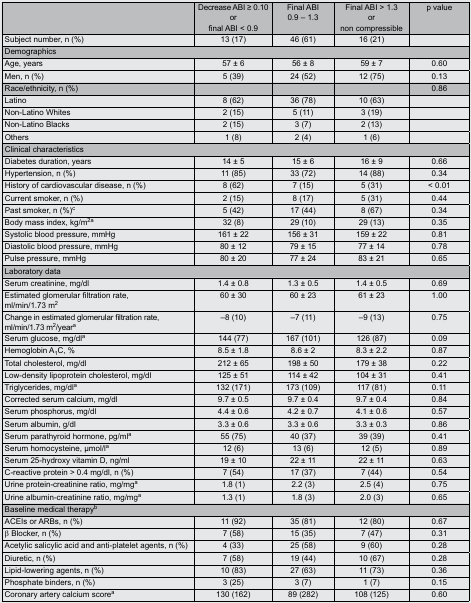
<table><thead><tr><td></td><td><b>Decrease ABI ≥ 0.10 or final ABI &lt; 0.9</b></td><td><b>Final ABI 0.9 – 1.3</b></td><td><b>Final ABI &gt; 1.3 or non compressible</b></td><td><b>p value</b></td></tr></thead><tbody><tr><td>Subject number, n (%)</td><td>13 (17)</td><td>46 (61)</td><td>16 (21)</td><td></td></tr><tr><td colspan="5">Demographics</td></tr><tr><td>Age, years</td><td>57 ± 6</td><td>56 ± 8</td><td>59 ± 7</td><td>0.60</td></tr><tr><td>Men, n (%)</td><td>5 (39)</td><td>24 (52)</td><td>12 (75)</td><td>0.13</td></tr><tr><td>Race/ethnicity, n (%)</td><td></td><td></td><td></td><td>0.86</td></tr><tr><td>Latino</td><td>8 (62)</td><td>36 (78)</td><td>10 (63)</td><td></td></tr><tr><td>Non-Latino Whites</td><td>2 (15)</td><td>5 (11)</td><td>3 (19)</td><td></td></tr><tr><td>Non-Latino Blacks</td><td>2 (15)</td><td>3 (7)</td><td>2 (13)</td><td></td></tr><tr><td>Others</td><td>1 (8)</td><td>2 (4)</td><td>1 (6)</td><td></td></tr><tr><td colspan="5">Clinical characteristics</td></tr><tr><td>Diabetes duration, years</td><td>14 ± 5</td><td>15 ± 6</td><td>16 ± 9</td><td>0.66</td></tr><tr><td>Hypertension, n (%)</td><td>11 (85)</td><td>33 (72)</td><td>14 (88)</td><td>0.34</td></tr><tr><td>History of cardiovascular disease, n (%)</td><td>8 (62)</td><td>7 (15)</td><td>5 (31)</td><td>&lt; 0.01</td></tr><tr><td>Current smoker, n (%)</td><td>2 (15)</td><td>8 (17)</td><td>5 (31)</td><td>0.44</td></tr><tr><td>Past smoker, n (%)<sup>c</sup></td><td>5 (42)</td><td>17 (44)</td><td>8 (67)</td><td>0.34</td></tr><tr><td>Body mass index, kg/m<sup>2a</sup></td><td>32 (8)</td><td>29 (10)</td><td>29 (13)</td><td>0.35</td></tr><tr><td>Systolic blood pressure, mmHg</td><td>161 ± 22</td><td>156 ± 31</td><td>159 ± 22</td><td>0.81</td></tr><tr><td>Diastolic blood pressure, mmHg</td><td>80 ± 12</td><td>79 ± 15</td><td>77 ± 14</td><td>0.78</td></tr><tr><td>Pulse pressure, mmHg</td><td>80 ± 20</td><td>77 ± 24</td><td>83 ± 21</td><td>0.65</td></tr><tr><td colspan="5">Laboratory data</td></tr><tr><td>Serum creatinine, mg/dl</td><td>1.4 ± 0.8</td><td>1.3 ± 0.5</td><td>1.4 ± 0.5</td><td>0.69</td></tr><tr><td>Estimated glomerular filtration rate, ml/min/1.73 m<sup>2</sup></td><td>60 ± 30</td><td>60 ± 23</td><td>61 ± 23</td><td>1.00</td></tr><tr><td>Change in estimated glomerular filtration rate, ml/min/1.73 m<sup>2</sup>/year<sup>a</sup></td><td>–8 (10)</td><td>–7 (11)</td><td>–9 (13)</td><td>0.75</td></tr><tr><td>Serum glucose, mg/dl<sup>a</sup></td><td>144 (77)</td><td>167 (101)</td><td>126 (87)</td><td>0.09</td></tr><tr><td>Hemoglobin A<sub>1</sub>C, %</td><td>8.5 ± 1.8</td><td>8.6 ± 2</td><td>8.3 ± 2.2</td><td>0.87</td></tr><tr><td>Total cholesterol, mg/dl</td><td>212 ± 65</td><td>198 ± 50</td><td>179 ± 38</td><td>0.22</td></tr><tr><td>Low-density lipoprotein cholesterol, mg/dl</td><td>125 ± 51</td><td>114 ± 42</td><td>104 ± 31</td><td>0.41</td></tr><tr><td>Triglycerides, mg/dl<sup>a</sup></td><td>132 (171)</td><td>173 (109)</td><td>117 (81)</td><td>0.11</td></tr><tr><td>Corrected serum calcium, mg/dl</td><td>9.7 ± 0.5</td><td>9.7 ± 0.4</td><td>9.7 ± 0.4</td><td>0.84</td></tr><tr><td>Serum phosphorus, mg/dl</td><td>4.4 ± 0.6</td><td>4.2 ± 0.7</td><td>4.1 ± 0.6</td><td>0.57</td></tr><tr><td>Serum albumin, g/dl</td><td>3.3 ± 0.6</td><td>3.3 ± 0.6</td><td>3.3 ± 0.3</td><td>0.86</td></tr><tr><td>Serum parathyroid hormone, pg/ml<sup>a</sup></td><td>55 (75)</td><td>40 (37)</td><td>39 (39)</td><td>0.41</td></tr><tr><td>Serum homocysteine, μmol/l<sup>a</sup></td><td>12 (6)</td><td>13 (6)</td><td>12 (5)</td><td>0.89</td></tr><tr><td>Serum 25-hydroxy vitamin D, ng/ml</td><td>19 ± 10</td><td>22 ± 11</td><td>22 ± 11</td><td>0.63</td></tr><tr><td>C-reactive protein &gt; 0.4 mg/dl, n (%)</td><td>7 (54)</td><td>17 (37)</td><td>7 (44)</td><td>0.54</td></tr><tr><td>Urine protein-creatinine ratio, mg/mg<sup>a</sup></td><td>1.8 (1)</td><td>2.2 (3)</td><td>2.5 (4)</td><td>0.75</td></tr><tr><td>Urine albumin-creatinine ratio, mg/mg<sup>a</sup></td><td>1.3 (1)</td><td>1.8 (3)</td><td>2.0 (3)</td><td>0.65</td></tr><tr><td colspan="5">Baseline medical therapy<sup>b</sup></td></tr><tr><td>ACEIs or ARBs, n (%)</td><td>11 (92)</td><td>35 (81)</td><td>12 (80)</td><td>0.67</td></tr><tr><td>β Blocker, n (%)</td><td>7 (58)</td><td>15 (35)</td><td>7 (47)</td><td>0.31</td></tr><tr><td>Acetylic salicylic acid and anti-platelet agents, n (%)</td><td>4 (33)</td><td>25 (58)</td><td>9 (60)</td><td>0.28</td></tr><tr><td>Diuretic, n (%)</td><td>7 (58)</td><td>19 (44)</td><td>10 (67)</td><td>0.28</td></tr><tr><td>Lipid-lowering agents, n (%)</td><td>10 (83)</td><td>27 (63)</td><td>11 (73)</td><td>0.36</td></tr><tr><td>Phosphate binders, n (%)</td><td>3 (25)</td><td>3 (7)</td><td>1 (7)</td><td>0.15</td></tr><tr><td>Coronary artery calcium score<sup>a</sup></td><td>130 (162)</td><td>89 (282)</td><td>108 (125)</td><td>0.60</td></tr></tbody></table>